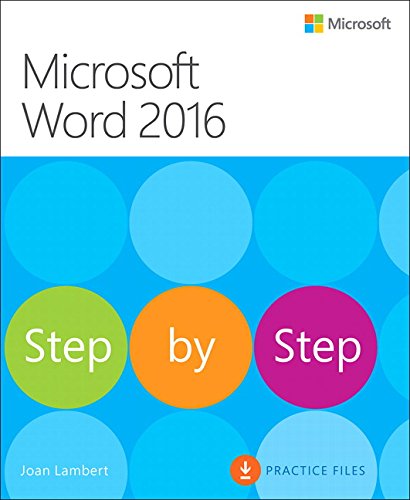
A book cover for Microsoft Word 2016 Step By Step; Joan Lambert; Computers & Technology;